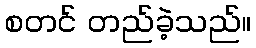
စတင် တည်ခဲ့သည်။